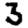
Digit: 3